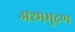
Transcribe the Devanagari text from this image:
अश्ममुद्रण